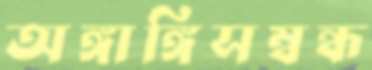
অঙ্গাঙ্গিসম্বন্ধ